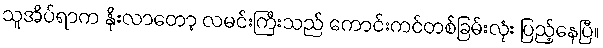
သူအိပ်ရာက နိုးလာတော့ လမင်းကြီးသည် ကောင်းကင်တစ်ခြမ်းလုံး ပြည့်နေပြီ။